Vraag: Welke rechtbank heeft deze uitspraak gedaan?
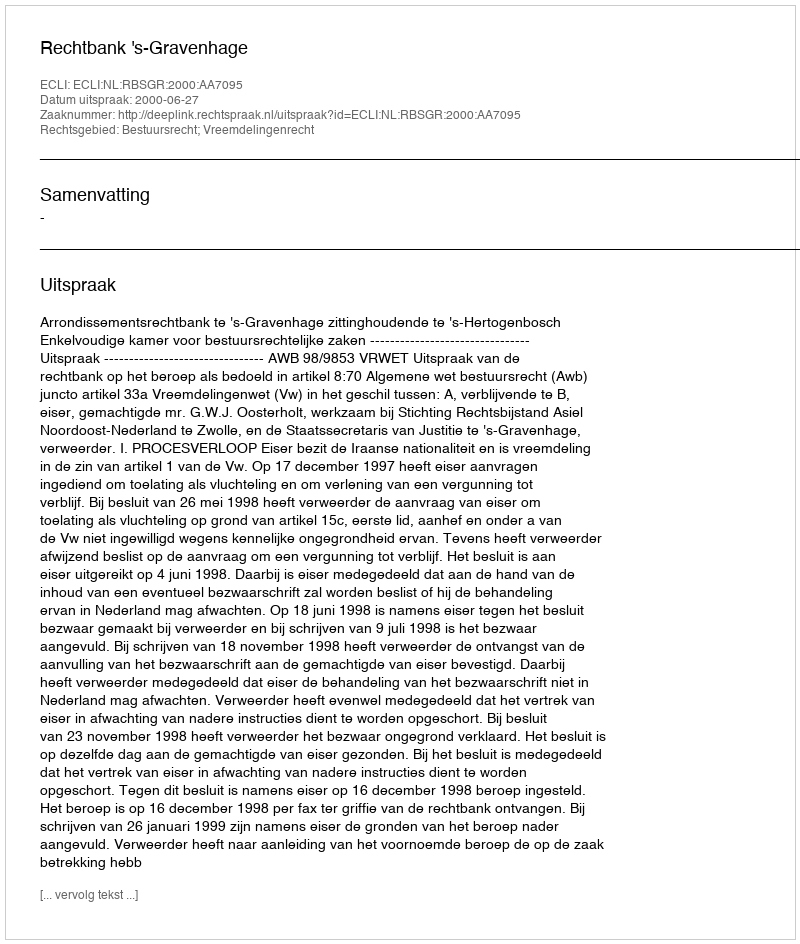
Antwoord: Rechtbank 's-Gravenhage